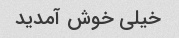
خیلی خوش آمدید